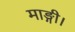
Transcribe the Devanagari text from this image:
माङ्गी।